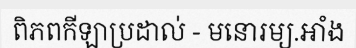
ពិភពកីឡាប្រដាល់ - មនោរម្យ.អាំង